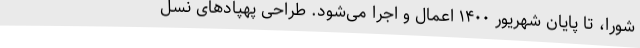
شورا، تا پایان شهریور ۱۴۰۰ اعمال و اجرا می‌شود. طراحی پهپادهای نسل